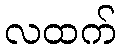
လထက်